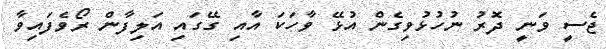
ޖެސީ ވަނީ ދޮރު ނުހުޅުވިގެން އުޅޭ ވާހަކަ އާއި ގޭގައި އަލިފާން ރޯވެފައިވާ